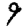
Digit: 9